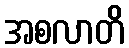
အစလာတိ